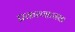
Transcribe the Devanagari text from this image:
प्रकरणात्मक